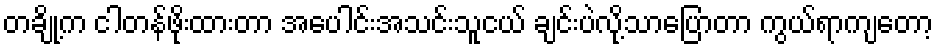
တချို့က ငါတန်ဖိုးထားတာ အပေါင်းအသင်းသူငယ် ချင်းပဲလို့သာပြောတာ ကွယ်ရာကျတော့